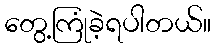
တွေ့ကြုံခဲ့ရပါတယ်။